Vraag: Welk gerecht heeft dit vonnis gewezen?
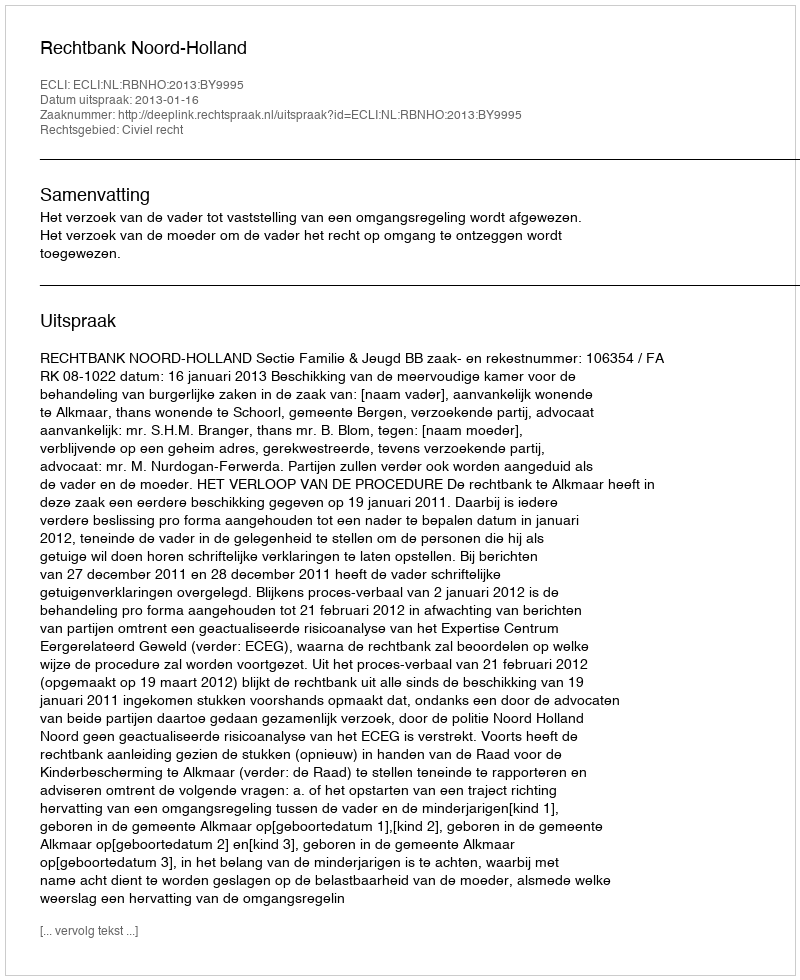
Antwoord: Rechtbank Noord-Holland